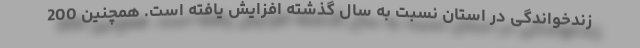
زندخواندگی در استان نسبت به سال گذشته افزایش یافته است. همچنین 200